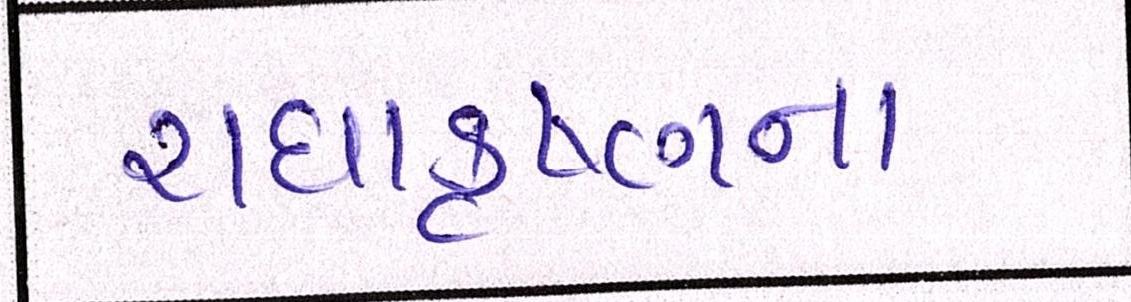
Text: રાધાકૃષ્ણન